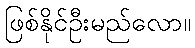
ဖြစ်နိုင်ဦးမည်လော။